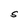
Character: S